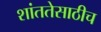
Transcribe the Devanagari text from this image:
शांततेसाठीच